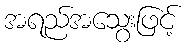
အရည်အသွေးဖြင့်